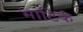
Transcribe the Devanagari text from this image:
भाटिक